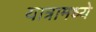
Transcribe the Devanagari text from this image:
यात्रामध्ये